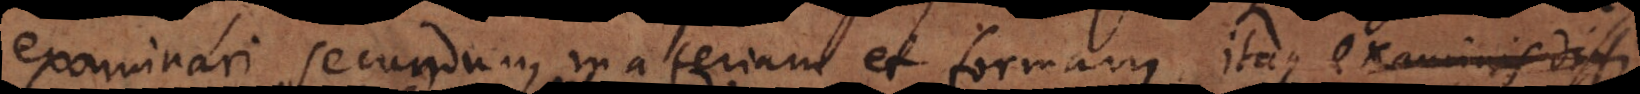
examinari secundum materiam et formam: itaque examinis diffi